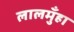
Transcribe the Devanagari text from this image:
लालमुँहा